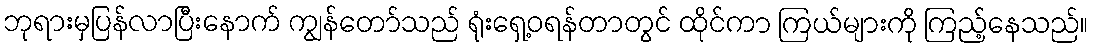
ဘုရားမှပြန်လာပြီးနောက် ကျွန်တော်သည် ရုံးရှေ့ဝရန်တာတွင် ထိုင်ကာ ကြယ်များကို ကြည့်နေသည်။